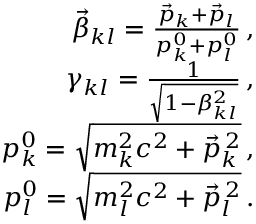
\begin{array} { r l r } & { } & { \vec { \beta } _ { k l } = \frac { \vec { p } _ { k } + \vec { p } _ { l } } { p _ { k } ^ { 0 } + p _ { l } ^ { 0 } } \, , } \\ & { } & { \gamma _ { k l } = \frac { 1 } { \sqrt { 1 - \beta _ { k l } ^ { 2 } } } \, , } \\ & { } & { p _ { k } ^ { 0 } = \sqrt { m _ { k } ^ { 2 } c ^ { 2 } + \vec { p } _ { k } ^ { \, 2 } } \, , } \\ & { } & { p _ { l } ^ { 0 } = \sqrt { m _ { l } ^ { 2 } c ^ { 2 } + \vec { p } _ { l } ^ { \, 2 } } \, . } \end{array}